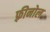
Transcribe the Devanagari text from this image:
फ़्रीनोल